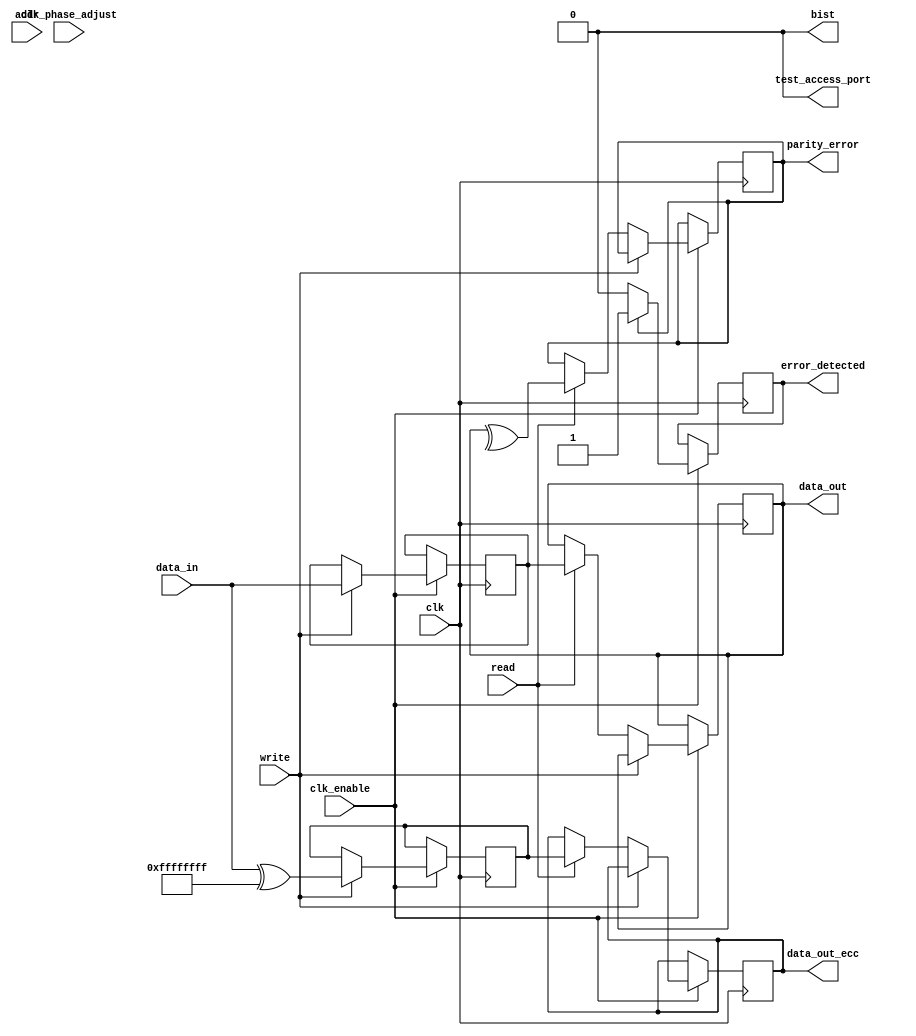
module gddr_io_block #(
    parameter DATA_WIDTH = 32, // Supported data widths: 16, 32, 64
    parameter ADDR_WIDTH = 16  // Address width for memory access
)(
    input wire clk,                // High-frequency clock input
    input wire clk_enable,         // Clock enable signal
    input wire clk_phase_adjust,   // Clock phase adjustment signal
    input wire [ADDR_WIDTH-1:0] addr, // Address bus
    input wire [DATA_WIDTH-1:0] data_in, // Data input
    output reg [DATA_WIDTH-1:0] data_out, // Data output
    input wire read,               // Read control signal
    input wire write,              // Write control signal
    output reg error_detected,     // Error detected signal
    output reg [DATA_WIDTH-1:0] data_out_ecc, // Data output with ECC
    output reg parity_error,        // Parity error signal
    output wire test_access_port,   // Test Access Port signal
    output wire bist                // Built-in Self-Test signal
);

    // Internal signals
    reg [DATA_WIDTH-1:0] data_buffer;
    reg [DATA_WIDTH-1:0] ecc_buffer; // Buffer for ECC
    reg [DATA_WIDTH-1:0] parity_buffer; // Buffer for parity

    // ECC and parity generation (simple example)
    function [DATA_WIDTH-1:0] generate_ecc(input [DATA_WIDTH-1:0] data);
        // Simple parity-based ECC for demonstration
        generate_ecc = data ^ {DATA_WIDTH{1'b1}}; // Invert bits for ECC
    endfunction

    function parity_check(input [DATA_WIDTH-1:0] data);
        // Simple parity check
        parity_check = ^data; // XOR all bits
    endfunction

    // Initialization
    initial begin
        data_out = 0;
        error_detected = 0;
        parity_error = 0;
    end

    // Data Transfer Logic
    always @(posedge clk) begin
        if (clk_enable) begin
            if (write) begin
                // Write operation
                data_buffer <= data_in;
                ecc_buffer <= generate_ecc(data_in);
                parity_buffer <= data_in;
                // Simulate data writing to memory (not implemented)
            end else if (read) begin
                // Read operation
                // Simulate data reading from memory (not implemented)
                data_out <= data_buffer; // Assume data is read into buffer
                data_out_ecc <= ecc_buffer; // Output ECC data
                parity_error <= parity_check(data_out); // Check parity
            end
        end
    end

    // Error Detection Logic
    always @(posedge clk) begin
        if (clk_enable) begin
            // Check for errors
            if (parity_error) begin
                error_detected <= 1'b1; // Set error detected flag
            end else begin
                error_detected <= 1'b0; // Clear error detected flag
            end
        end
    end

    // Test Access Port and BIST (simplified)
    assign test_access_port = 1'b0; // Placeholder for TAP signal
    assign bist = 1'b0; // Placeholder for BIST signal

endmodule